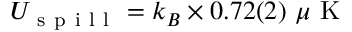
U _ { \mathrm { ~ s ~ p ~ i ~ l ~ l ~ } } = k _ { B } \times 0 . 7 2 ( 2 ) ~ \mu \mathrm { ~ K ~ }